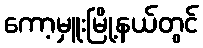
ကော့မှူးမြို့နယ်တွင်